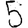
Digit: 5